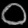
Digit: ၀